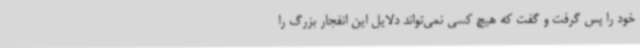
خود را پس گرفت و گفت که هیچ کسی نمی‌تواند دلایل این انفجار بزرگ را